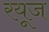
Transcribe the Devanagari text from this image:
रयूज